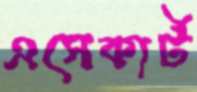
এসেকার্ট